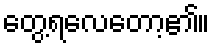
တွေ့ရလေတော့၏။